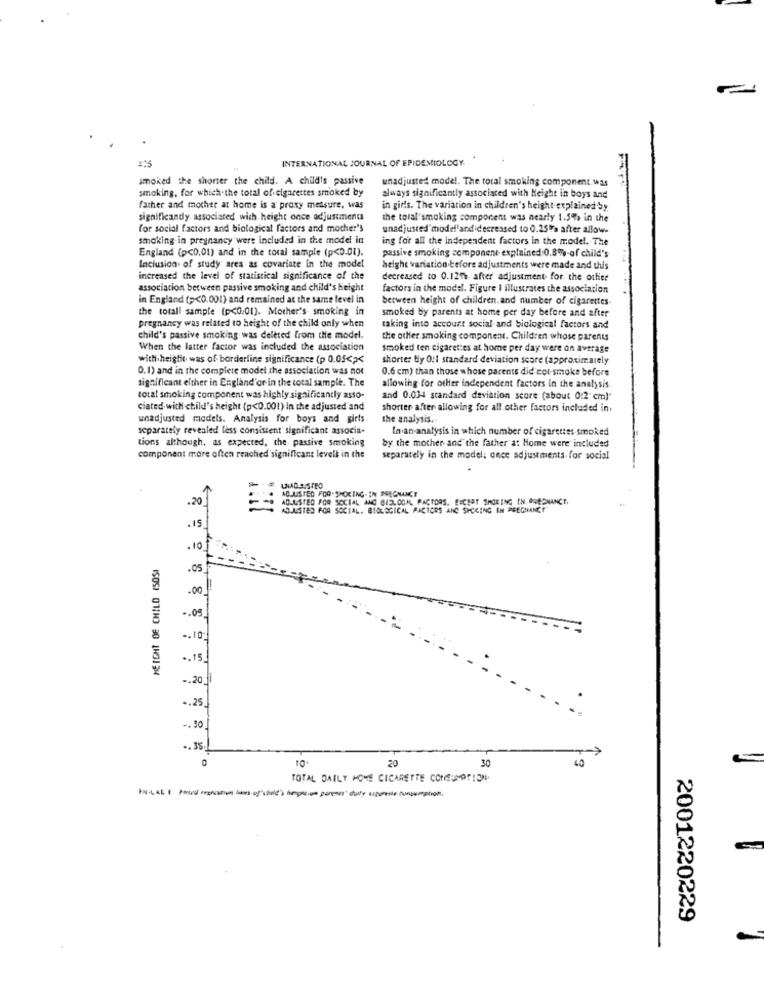
INTERNATIONAL JOURNAL OF EPIDEMIOLOGY
smoked the shorter the child. A child's passive
unadjusted model. The toral smoking component.was
smoking, for which-the total of cigarettes smoked by
always significantly associated with Height in boys and
father and mother at home is a proxy measure, was
in girls. The variation in children's height explained by
significandy associated with height once adjustments
the total'smoking component was nearly 1.5% in the
for social factors and biological factors and mother's
unadjusted model'ardidecreased to 0.25% after allow.
smoking in pregnancy were included in the model in
ing for all the independent factors in the model. The
England (p<0.01) and in the total sample (p<0.01).
passive smoking component explained 0.8% of child's
Inclusion of study ares as covariate in the model
height variation before adjustments were made and this
increased the level of statistical significance of the
decreased to 0.120%. after adjustment for the other
association between passive smoking and child's height
factors in the model. Figure I illustrates the association
in England (p<0.001) and remained at the same level in
berween height of children.and number of cigarettes-
the totall sample (p<0.01). Mother's smoking in
smoked by parents at home per day before and after
pregnancy was related to height of the child only when
taking into account social and biological factors and
child's passive smoking was deleted from the model.
the other smoking component. Children whose parents
When the latter factor was included the association
smoked ten cigarettes at home per day were on average
with theigtle. was of borderline significance (p 0.03<><
shorter by O!1 standard deviation score (approximately
0.1) and in the complete model the association was not
0.6 cm) than those whose parents did cot smoke before
significant either in England'or in the total sample. The
allowing for other independent factors in the analysis.
total smoking component was highly significantly asso-
and 0.034 standard deviation score (about 0:2 cm)"
ciated with child's height (p<0.001) In the adjusted and
shorter after allowing for all other factors included in.
unadjusted models. Analysis for boys and girls.
the analysis.
separately revealed less consistent' significant associa-
In an analysis in which number of cigarettes smoked
tions although, as expected, the passive smoking
by the mother and the father at Home were included
component more often reached significant levels in the
separately in the model; once adjustments for social
.20
ADJUSTED FOR. SMOKING- IN PREGNANCY
ADJUSTED POR SOCIAL AND @13.00ML FACTORS. RECENT BACKING IN PREGNANCY.
ADJUSTED POA SOCIAL. BIOLOGICAL FACTORS AND SHORING IN PREGNANCY"
.15
.10
HEIGHT OF CHILD (50SI
.05
.00
-. 05
-. 10:
.. 15
-. 20
.. 25
-. 30
.. 35.
40
10
20
30
TOTAL DAILY HOME CICARETTE CONSUMPTION.
Psal |medhi") hengelo perenes" daly ugyenie hunsurpligt.
2001220229